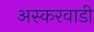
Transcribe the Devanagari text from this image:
अस्करवाडी